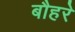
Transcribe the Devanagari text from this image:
बौहरे